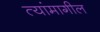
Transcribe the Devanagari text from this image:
त्यांमागील